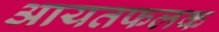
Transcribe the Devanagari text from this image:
आयतफलक